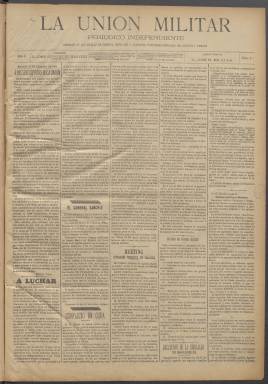
Título: La Unión militar (Madrid. 1894)
Colección: Fuerzas armadas
Ámbito geográfico: Madrid
Lugar de publicación: Madrid
Fechas: 14/02/1894-26/06/1894